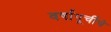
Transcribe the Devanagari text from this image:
वर्षांपूर्चीचे